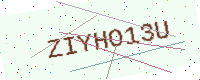
Text: ZIYHO13U